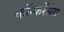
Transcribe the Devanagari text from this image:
कॉन्फरेंसेस